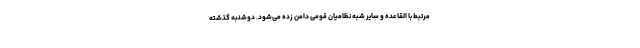
مرتبط با القاعده و سایر شبه نظامیان قومی دامن زده می‌شود. دوشنبه گذشته